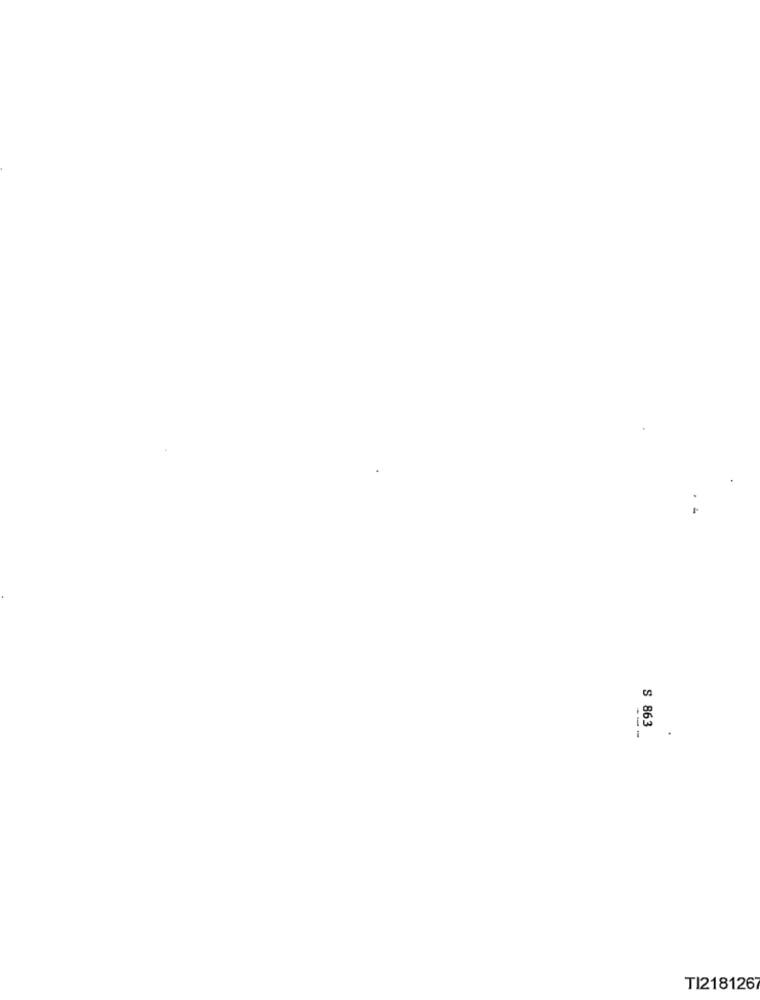
S 863
.
TI218126